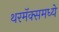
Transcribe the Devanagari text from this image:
थरमॅक्समध्ये